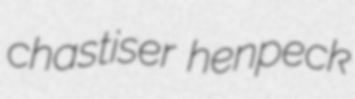
chastiser henpeck